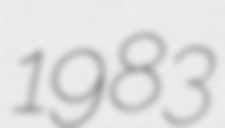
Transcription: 1983